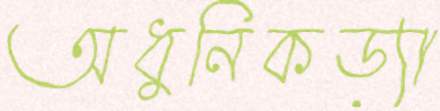
অধুনিকড্যা